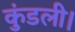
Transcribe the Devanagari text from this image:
कुंडली।